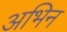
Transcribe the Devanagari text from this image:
अभिन